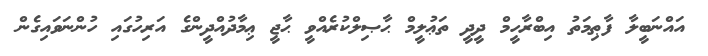
އައްނަބީލާ ފާޠިމަތު އިބްރާހީމް ދީދީ ތަޢުލީމް ޙާޞިލްކުރެއްވީ ޙާޖީ ޢިމާދުއްދީންގެ އަރިހުގައި ހުންނަވައިގެން